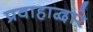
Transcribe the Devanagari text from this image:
प्रवाहाद्वारे